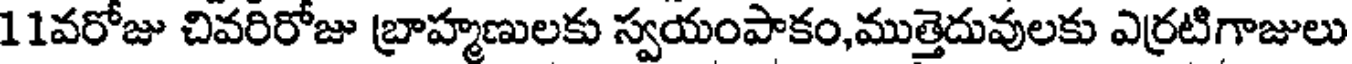
11వరోజు చివరిరోజు బ్రాహ్మణులకు స్వయంపాకం,ముత్తెదువులకు ఎర్రటిగాజులు